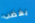
بغضب